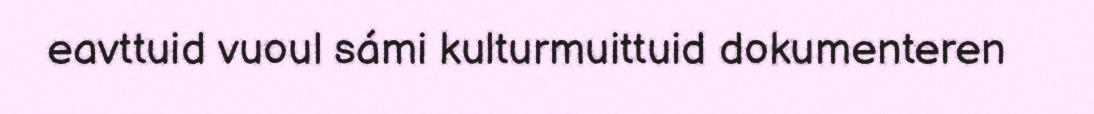
eavttuid vuoul sámi kulturmuittuid dokumenteren